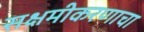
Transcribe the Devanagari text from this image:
सक्षमीकरणाचा